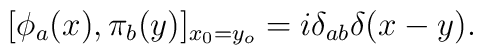
[\phi_{a} (x), \pi_{b} (y)  ]_{x_{0} = y_{o} }= i \delta_{ab} \delta (x-y) .